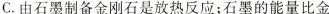
C.由石墨制备金刚石是放热反应；石墨的能量比金